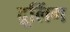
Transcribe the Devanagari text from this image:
द्रूलिंग